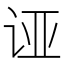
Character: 𲂉